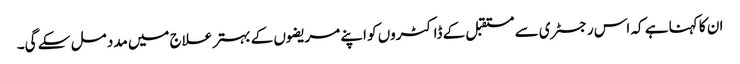
ان کا کہنا ہے کہ اس رجسٹری سے مستقبل کے ڈاکٹروں کو اپنے مریضوں کے بہتر علاج میں مدد مل سکے گی۔